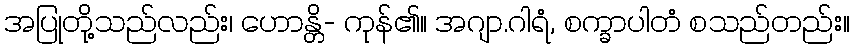
အပြုတို့သည်လည်း၊ ဟောန္တိ- ကုန်၏။ အဂျာ.ဂါရံ, စက္ခာပါတံ စသည်တည်း။